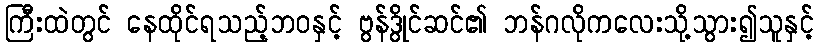
ကြီးထဲတွင် နေထိုင်ရသည့်ဘဝနှင့် ဗွန်ဒွိုင်ဆင်၏ ဘန်ဂလိုကလေးသို့သွား၍သူနှင့်